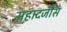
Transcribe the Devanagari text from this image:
महादजीस